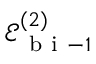
\mathcal { E } _ { \mathrm { ~ b ~ i ~ } - 1 } ^ { ( 2 ) }